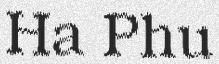
Ha Phu